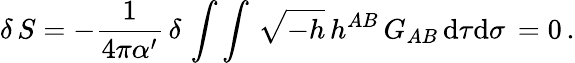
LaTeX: \delta\, S=-\frac{1}{4\pi{\alpha}^{\prime}}\, \delta\, \int\int\, \sqrt{-h}\, h^{AB}\, G_{AB}\, \mathrm{d}\tau\mathrm{d}\sigma\, =0\, .